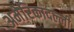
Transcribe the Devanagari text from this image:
अमेरिकादल्ली